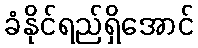
ခံနိုင်ရည်ရှိအောင်